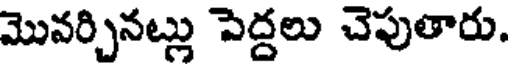
మొవర్చినట్లు పెద్దలు చెపుతారు.